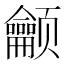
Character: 𬱳